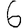
Digit: 6